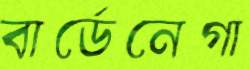
বার্ডেনেগা